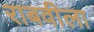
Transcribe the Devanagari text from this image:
राबवीला